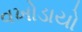
વખોડાયો